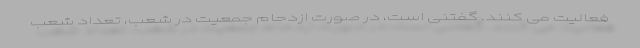
فعالیت می کنند. گفتنی است، در صورت ازدحام جمعیت در شعب، تعداد شعب